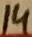
Text: 14